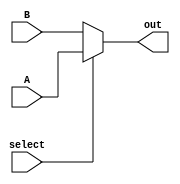
module MY_MUX(A, B, select, out);
	input A, B, select;
	output out;
	reg out;
	
always @(B or A or select)
	if (select == 0)
		out = B;
	else
		out = A;//new data
endmodule